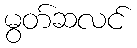
မွတ်ဆလင်